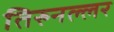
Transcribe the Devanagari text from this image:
तिरुनल्लर